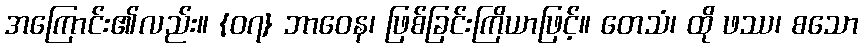
အကြောင်း၏လည်း။ {၀၇} ဘာဝေန၊ ဖြစ်ခြင်းကြိယာဖြင့်။ တေသံ၊ ထို ဖဿ၊ စသော